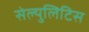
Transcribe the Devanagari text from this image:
सेल्युलिटिस